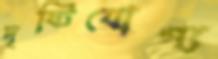
দৃষ্টিযোগ্য